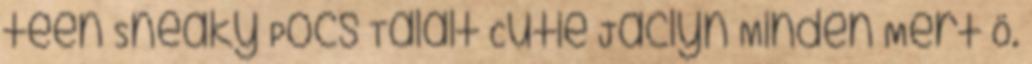
teen Sneaky Pöcs Talált Cutie Jaclyn Minden Mert Ö.